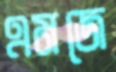
এমজে